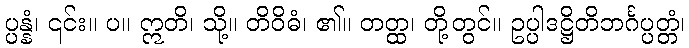
ပ္ပန္နံ၊ ၎င်း။ ပ။ ဣတိ၊ သို့။ တိဝိဓံ၊ ၏။ တတ္ထ၊ တို့တွင်။ ဥပ္ပါဒဋ္ဌိတိဘင်္ဂပ္ပတ္တံ၊